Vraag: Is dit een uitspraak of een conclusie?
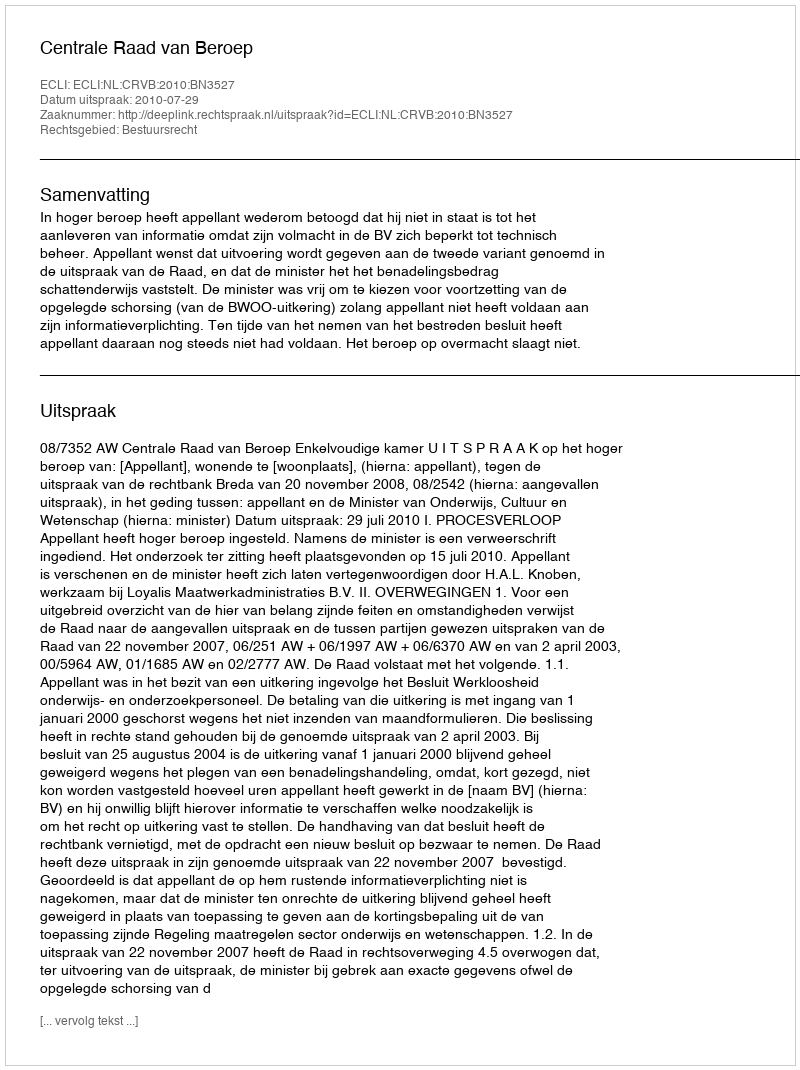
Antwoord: Uitspraak